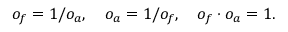
o _ { f } = 1 / o _ { a } , \quad o _ { a } = 1 / o _ { f } , \quad o _ { f } \cdot o _ { a } = 1 .